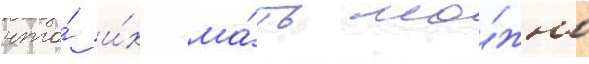
что́ и́х ма́ть мо́жно